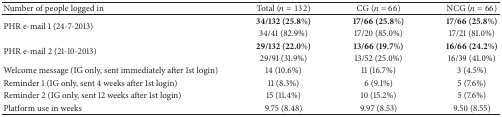
<table><thead><tr><td><b>Number of people logged in </b></td><td><b>Total (<i>n</i> = 132)</b></td><td><b>CG (<i>n</i> = 66)</b></td><td><b>NCG (<i>n</i> = 66)</b></td></tr></thead><tbody><tr><td rowspan="2">PHR e-mail 1 (24-7-2013)</td><td><b>34/132 (25.8%)</b></td><td><b>17/66 (25.8%)</b></td><td><b>17/66 (25.8%)</b></td></tr><tr><td>34/41 (82.9%)</td><td>17/20 (85.0%)</td><td>17/21 (81.0%)</td></tr><tr><td rowspan="2">PHR e-mail 2 (21-10-2013)</td><td><b>29/132 (22.0%)</b></td><td><b>13/66 (19.7%)</b></td><td><b>16/66 (24.2%)</b></td></tr><tr><td>29/91 (31.9%)</td><td>13/52 (25.0%)</td><td>16/39 (41.0%)</td></tr><tr><td>Welcome message (IG only, sent immediately after 1st login)</td><td>14 (10.6%)</td><td>11 (16.7%)</td><td>3 (4.5%)</td></tr><tr><td>Reminder 1 (IG only, sent 4 weeks after 1st login)</td><td>11 (8.3%)</td><td>6 (9.1%)</td><td>5 (7.6%)</td></tr><tr><td>Reminder 2 (IG only, sent 12 weeks after 1st login)</td><td>15 (11.4%)</td><td>10 (15.2%)</td><td>5 (7.6%)</td></tr><tr><td>Platform use in weeks</td><td>9.75 (8.48)</td><td>9.97 (8.53)</td><td>9.50 (8.55)</td></tr></tbody></table>